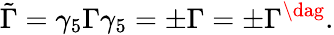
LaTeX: \tilde{\Gamma}=\gamma_{5}\Gamma\gamma_{5}=\pm\Gamma=\pm\Gamma^{\dag}.